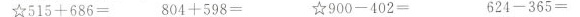
☆$$5 1 5 + 6 8 6 =$$ $$8 0 4 + 5 9 8 =$$ ☆$$9 0 0 - 4 0 2 =$$ $$6 2 4 - 3 6 5 =$$